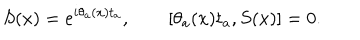
S ( x ) = e ^ { i \theta _ { a } ( x ) t _ { a } } , \qquad [ \theta _ { a } ( x ) t _ { a } , S ( x ) ] = 0 .